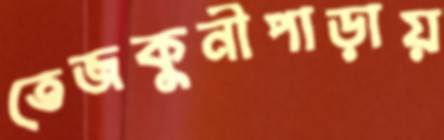
তেজকুনীপাড়ায়